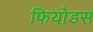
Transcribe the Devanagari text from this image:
फियोडस